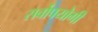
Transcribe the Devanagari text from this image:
सर्वोपयोगी